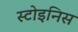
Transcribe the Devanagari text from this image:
स्टोइनिस